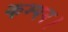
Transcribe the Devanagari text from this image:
कम्पन।